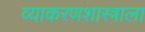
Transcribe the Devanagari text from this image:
व्याकरणशास्त्राला